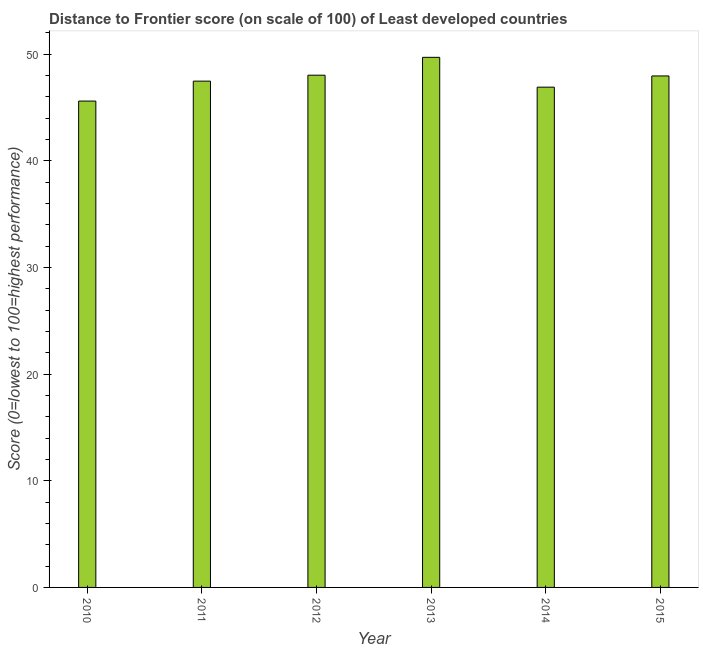
| Year | Distance to frontier score |
 | --- | --- |
 | 2010 | 45.6 |
 | 2011 | 47.5 |
 | 2012 | 48 |
 | 2013 | 49.7 |
 | 2014 | 46.9 |
 | 2015 | 48 |